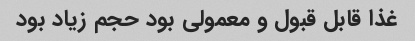
غذا قابل قبول و معمولی بود حجم زیاد بود